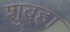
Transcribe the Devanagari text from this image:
शुबहा